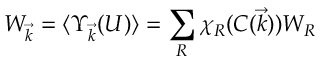
W _ { \vec { k } } = \langle \Upsilon _ { \vec { k } } ( U ) \rangle = \sum _ { R } \chi _ { R } ( C ( \vec { k } ) ) W _ { R }